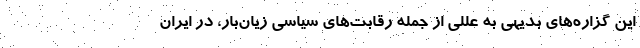
این گزاره‌های بدیهی به عللی از جمله رقابت‌های سیاسی زیان‌بار، در ایران